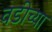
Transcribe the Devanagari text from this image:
वडीच्या